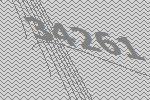
34261